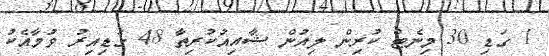
1 ގަޑި 30 މިނެޓް ކުރިން ލިއުން ޝާއިއުކުރިތާ 48 ގަޑިއިރު ވުމާއެކު